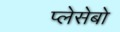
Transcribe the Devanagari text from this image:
प्लेसेबो